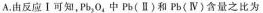
A.由反应Ⅰ可知，Pb_{3}O_{4}中Pb(Ⅱ)和Pb(Ⅳ)含量之比为